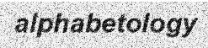
alphabetology